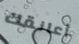
أعانقك